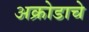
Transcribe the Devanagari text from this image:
अक्रोडाचे